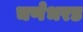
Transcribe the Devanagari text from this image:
चणेभरड